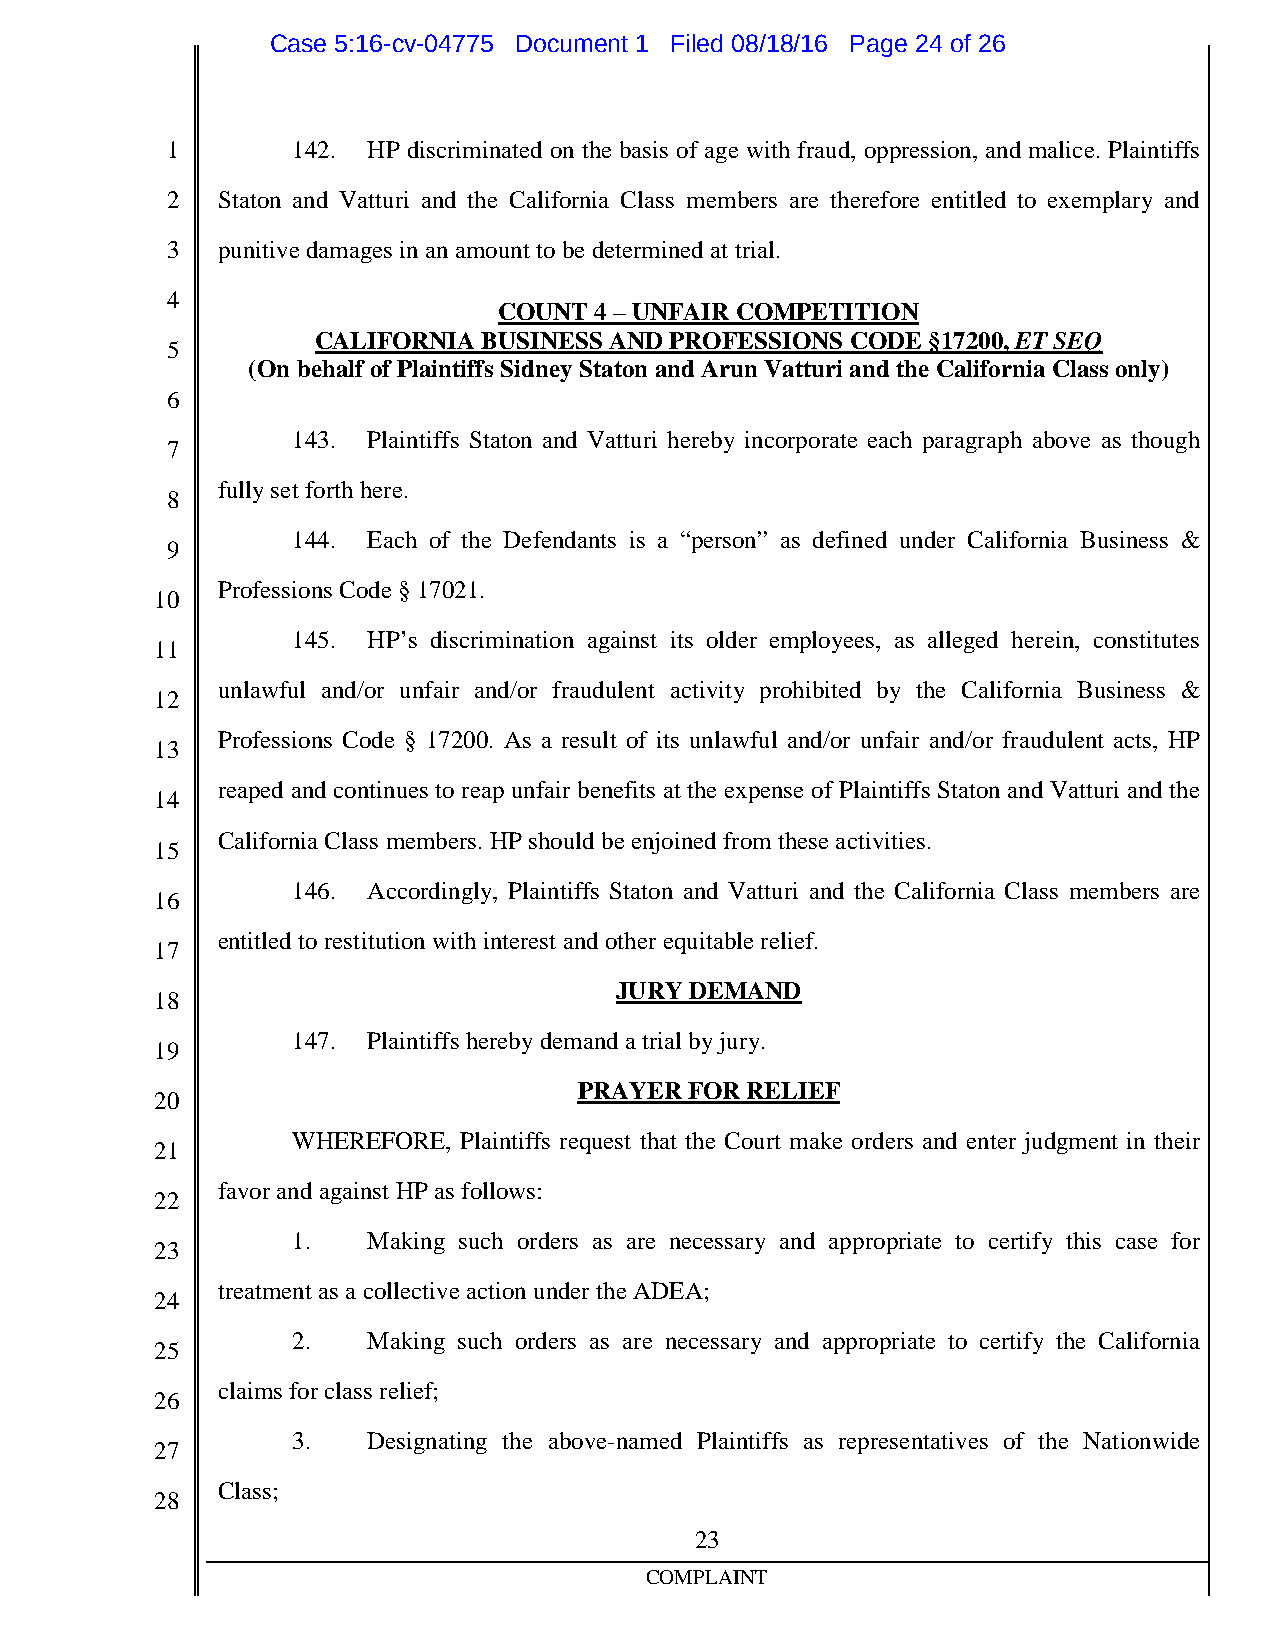
Case 5:16-cv-04775 Document 1 Filed 08/18/16 Page 24 of 26
 1       142. HP discriminated on the basis of age with fraud, oppression, and malice. Plaintiffs
 2  Staton and Vatturi and the California Class members are therefore entitled to exemplary and
 3  punitivedamages inanamount tobedeterminedat trial.
 4
 COUNT 4–UNFAIRCOMPETITION
 CALIFORNIABUSINESS ANDPROFESSIONS  CODE §17200,ETSEQ
 5
 (On behalf of PlaintiffsSidneyStaton and Arun Vatturi and theCaliforniaClass only)
 6
 143. Plaintiffs Staton and Vatturi hereby incorporate each paragraph above as though
 7
 fullyset forthhere.
 8
 144. Each of the Defendants is a “person” as defined under California Business &
 9
 Professions Code§17021.
 10
 145. HP’s discrimination against its older employees, as alleged herein, constitutes
 11
 unlawful and/or unfair and/or fraudulent activity prohibited by the California Business &
 12
 Professions Code § 17200. As a result of its unlawful and/or unfair and/or fraudulent acts, HP
 13
 reaped and continues to reap unfair benefits at the expense of Plaintiffs Staton and Vatturi and the
 14
 CaliforniaClass members. HP shouldbeenjoinedfrom theseactivities.
 15
 146. Accordingly, Plaintiffs Staton and Vatturi and the California Class members are
 16
 entitledtorestitutionwithinterest andother equitablerelief.
 17
 JURYDEMAND
 18
 147. Plaintiffs herebydemand atrial byjury.
 19
 PRAYER  FORRELIEF
 20
 WHEREFORE, Plaintiffs request that the Court make orders and enter judgment in their
 21
 favorand against HP as follows:
 22
 1.   Making such orders as are necessary and appropriate to certify this case for
 23
 treatment as a collective actionundertheADEA;
 24
 2.   Making such orders as are necessary and appropriate to certify the California
 25
 claims forclass relief;
 26
 3.   Designating the above-named Plaintiffs as representatives of the Nationwide
 27
 Class;
 28
 23
 COMPLAINT